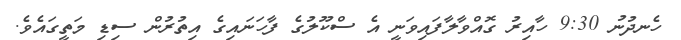
ހެނދުނު 9:30 ހާއިރު ގޮއްވާލާފައިވަނީ އެ ސްކޫލުގެ ފާހަނައިގެ އިތުރުން ސިޑި މަތީގައެވެ.